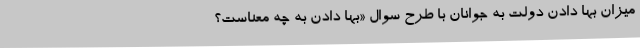
میزان بها دادن دولت به جوانان با طرح سوال «بها دادن به چه معناست؟